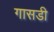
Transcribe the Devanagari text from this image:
गासडी